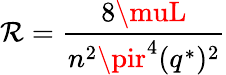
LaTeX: \mathcal{R}={\frac{{8\muL}}{{n^{2}\pir^{4}(q^{*})^{2}}}}